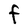
Character: F